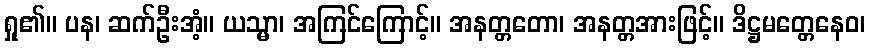
ရှု၏။ ပန၊ ဆက်ဦးအံ့။ ယသ္မာ၊ အကြင်ကြောင့်။ အနတ္တတော၊ အနတ္တအားဖြင့်။ ဒိဋ္ဌမတ္တေနေဝ၊